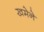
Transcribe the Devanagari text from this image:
खमेने